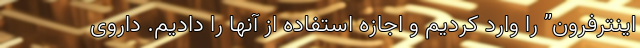
اینترفرون” را وارد کردیم و اجازه استفاده از آنها را دادیم. داروی